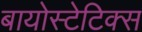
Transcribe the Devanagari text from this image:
बायोस्टेटिक्स